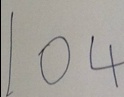
1 0 4